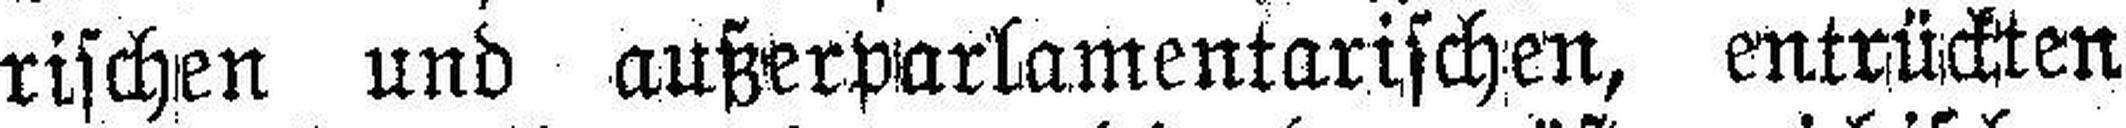
rischen und außerparlamentarischen, entrückten